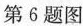
第6题图